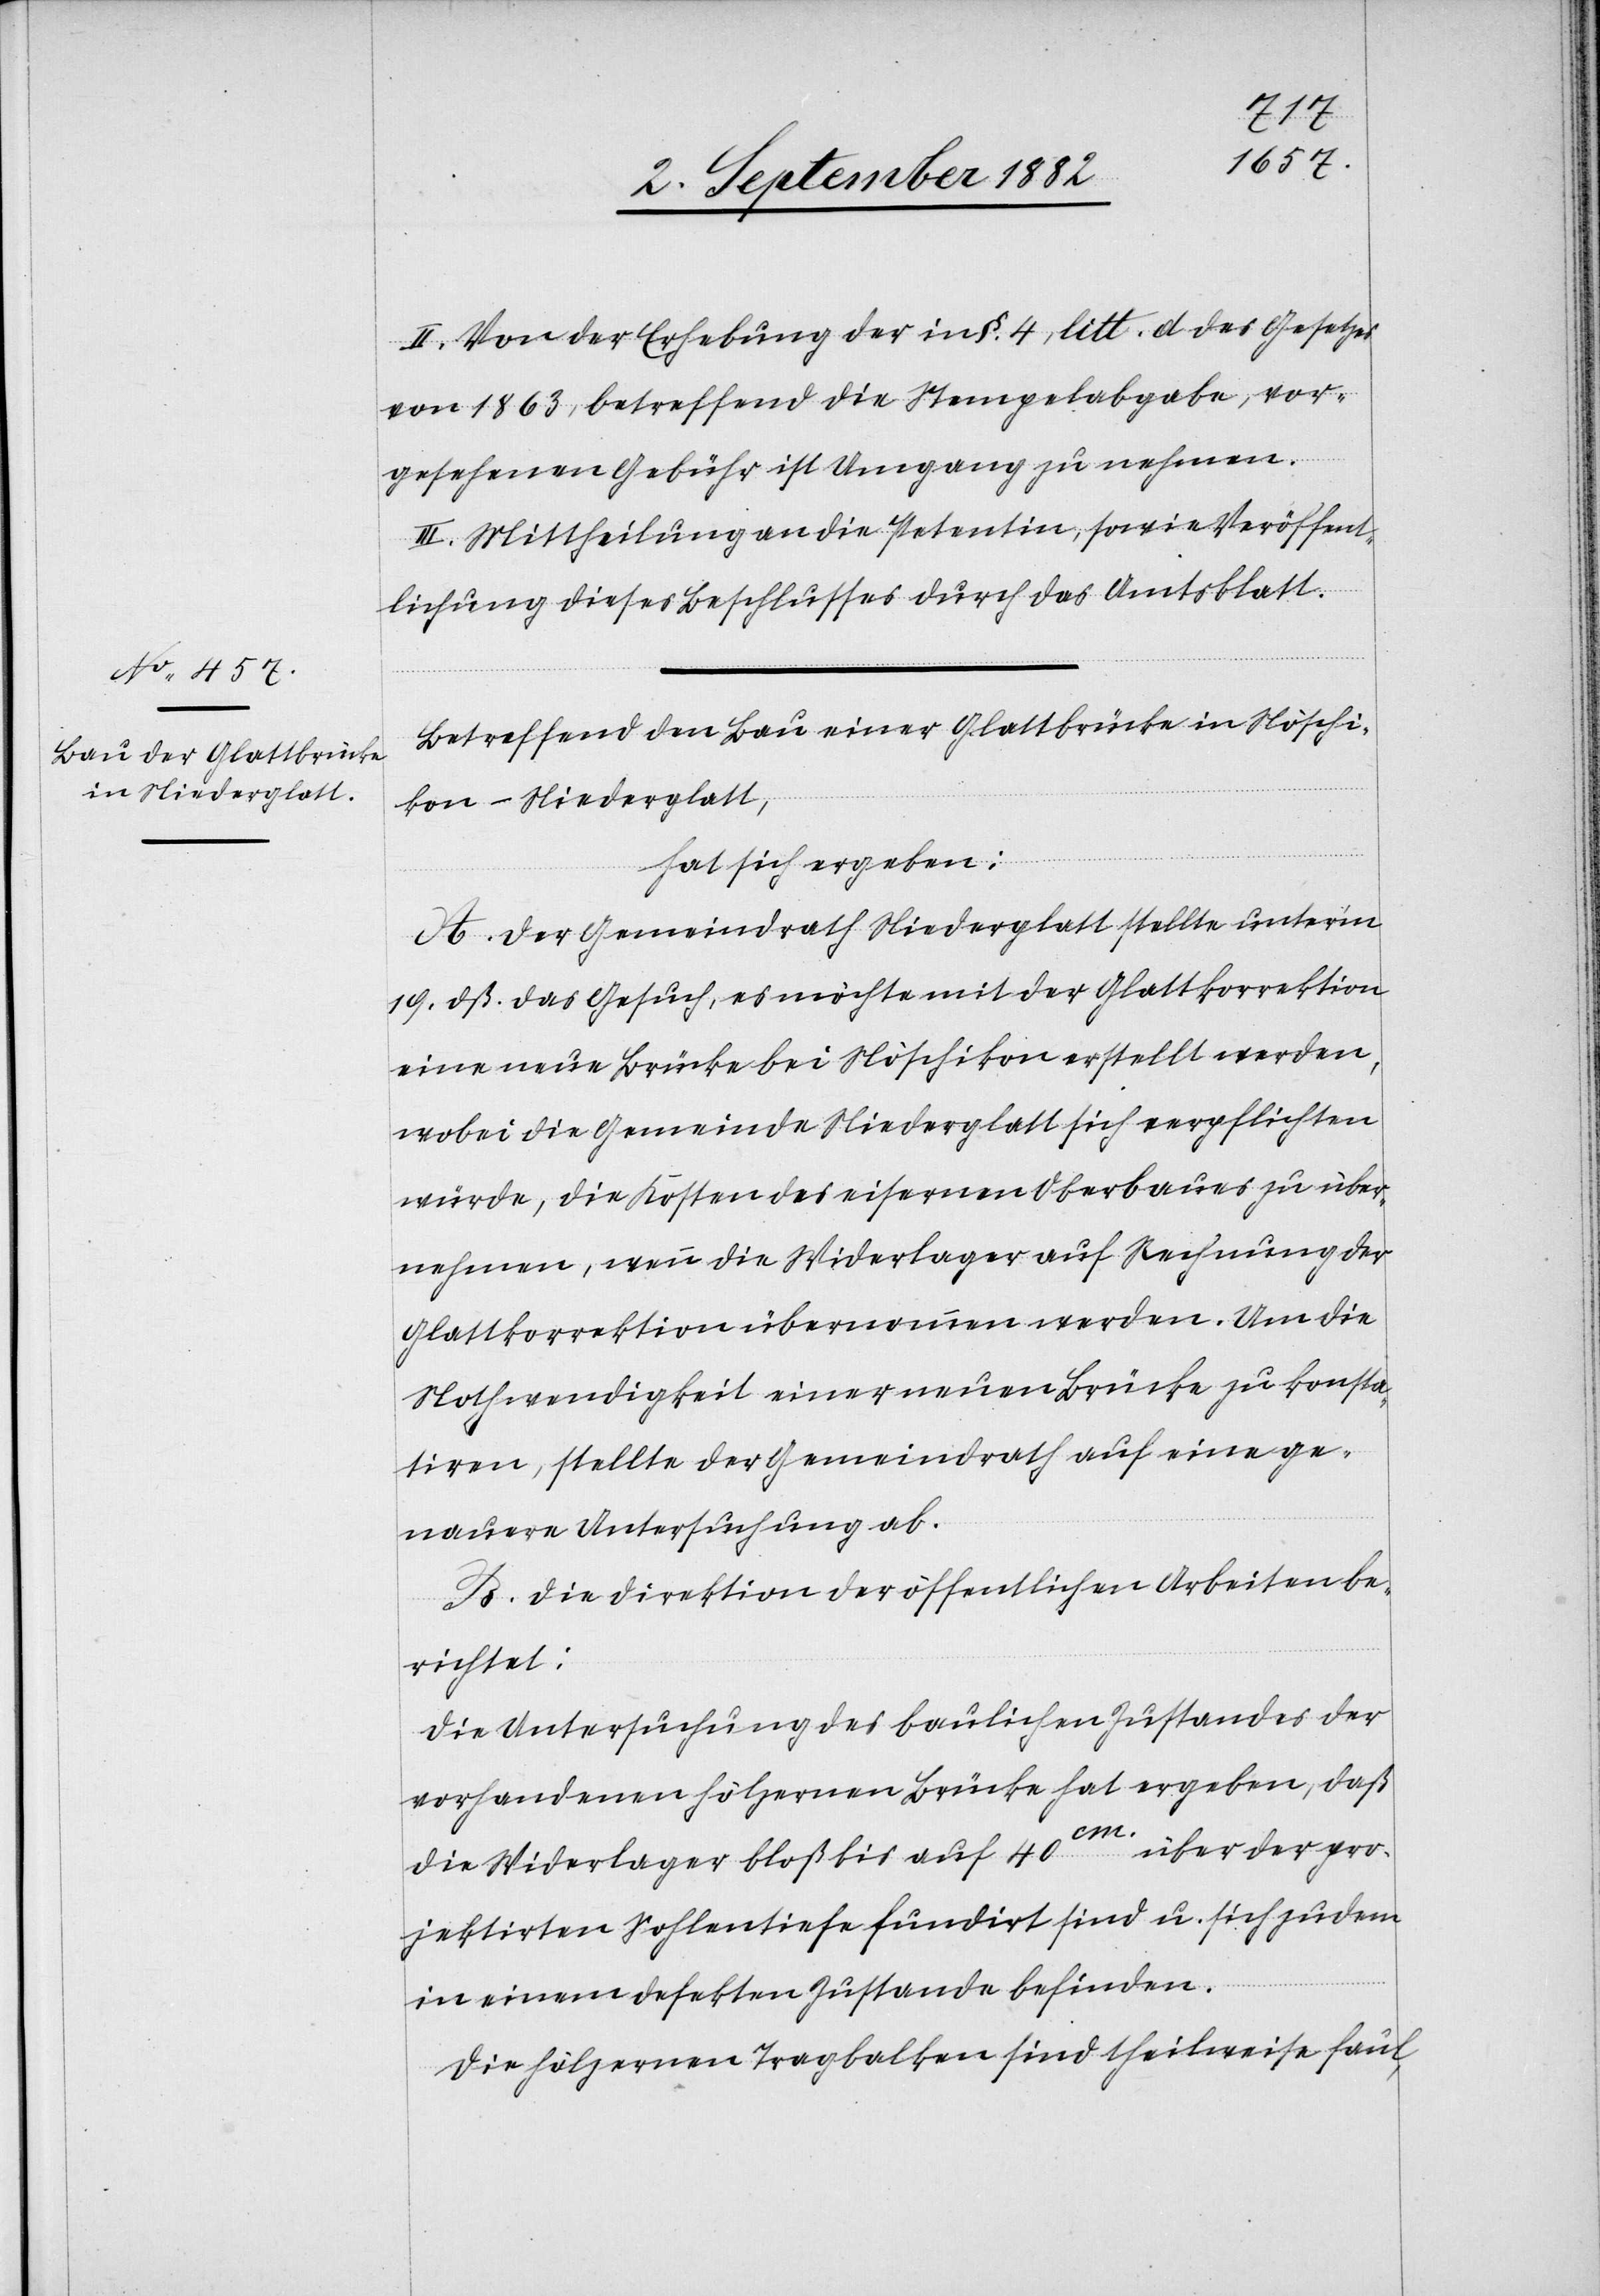
II. Von der Erhebung der in §. 4, litt. d des Gesetzes
von 1863, betreffend die Stempelabgabe, vor¬
gesehenen Gebühr ist Umgang zu nehmen.
III. Mittheilung an die Petentin, sowie Veröffent¬
lichung dieses Beschlusses durch das Amtsblatt.
Betreffend den Bau einer Glattbrücke in Nöschi¬
kon - Niederglatt,
hat sich ergeben:
A. Der Gemeindrath Niederglatt stellte unter’m
19. dß. das Gesuch, es möchte mit der Glattkorrektion
eine neue Brücke bei Nöschikon erstellt werden,
wobei die Gemeinde Niederglatt sich verpflichten
würde, die Kosten des eisernen Oberbaues zu über¬
nehmen, wenn die Widerlager auf Rechnung der
Glattkorrektion übernommen werden. Um die
Nothwendigkeit einer neuen Brücke zu konsta¬
tiren, stellte der Gemeindrath auf eine ge¬
nauere Untersuchung ab.
B. Die Direktion der öffentlichen Arbeiten be¬
richtet:
Die Untersuchung des baulichen Zustandes der
vorhandenen hölzernen Brücke hat ergeben, daß
die Widerlager bloß für bis auf 40cm über der pro¬
jektirten Sohlentief fundirt sind u. sich zudem
in einem defekten Zustande befinden.
Die hölzernen Tragbalken sind theilweise faul,